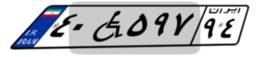
۴۰W۵۹۷۹۴